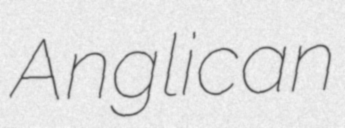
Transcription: Anglican